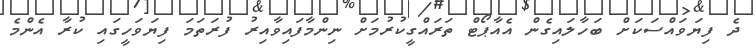
ދެ ފިޔަވައްސަކަށް ބަހާލައިގެން އެއާޕޯޓް ތަަރައްގީކުރުމަށް ނިންމާފައިވާއިރު ފުރަތަމަ ފިޔަވަހީގައި ކުރާ އެންމެ